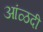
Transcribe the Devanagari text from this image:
आंळदी